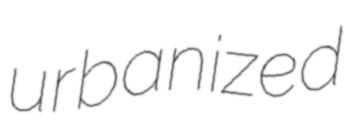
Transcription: urbanized